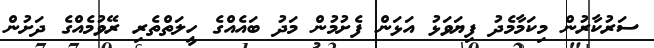
ސަރުކާރުން މިކަމާމެދު ފިޔަވަޅު އަޅަން ފެށުމުން މަދު ބައެއްގެ ހީލަތްތެރި ރޭވުމެއްގެ ދަށުން